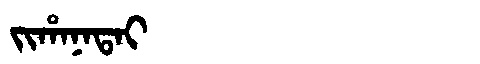
Manchu: ᠵᡳᡥᠠᠨᠠᡨᠠᡳ
Romanization: JIHANATAI